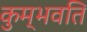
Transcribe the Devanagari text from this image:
कुम्भवति